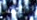
البنطال